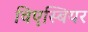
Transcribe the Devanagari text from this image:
विएस्बियर